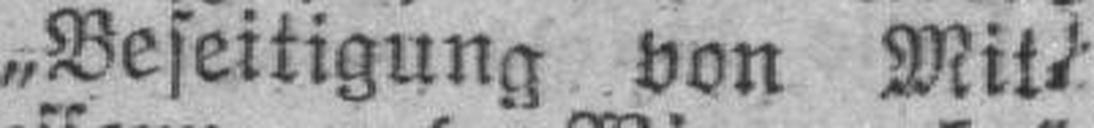
„Beseitigung von Mit¬